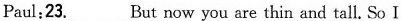
Paul;23.___ But now you are thin and tall. So I